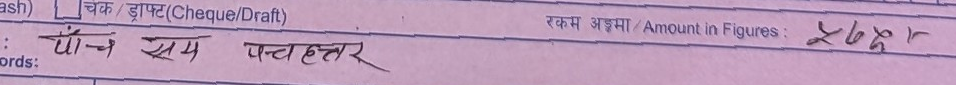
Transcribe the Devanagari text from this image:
पाँच सय पचहत्तर